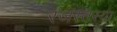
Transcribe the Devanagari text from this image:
रजस्तस्या